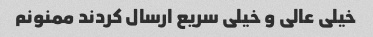
خیلی عالی و خیلی سریع ارسال کردند ممنونم